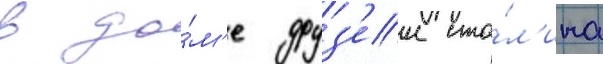
в до́м'е друз'еи ста́л'ина